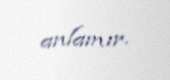
anlamır.